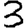
Digit: 3